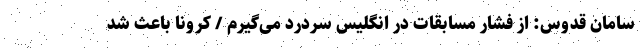
سامان قدوس: از فشار مسابقات در انگلیس سردرد می‌گیرم / کرونا باعث شد